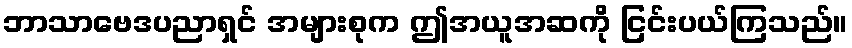
ဘာသာဗေဒပညာရှင် အများစုက ဤအယူအဆကို ငြင်းပယ်ကြသည်။